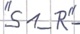
Text: "S1_R"